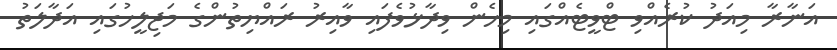
އަނާރާ މިއަދު ކުރެއްވި ޓްވީޓެއްގައި މިހެން ވިދާޅުވެފައި ވާއިރު ރައްޔިތުންގެ މަޖިލީހުގައި އަދާލަތު